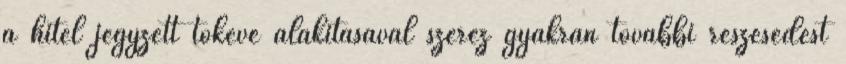
a hitel jegyzett tőkévé alakításával szerez gyakran további részesedést